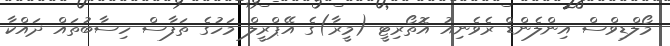
މޯލްޑިވްސް އިންލެންޑް ރެވެނިއު އޮތޯރިޓީ (މީރާ)ގެ އޭޕްރީލް މަހުގެ ތަފާސް ހިސާބުތައް ދައްކާ